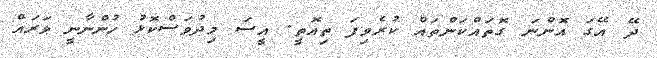
ދޭ އޭގަ އޮންނަ ގޮތައްކަންތައް ކުރެވިފަ ތިއޮތީ. އީސަ މިދުވަސްކޮޅު ހުންނާނީ ވަރައް